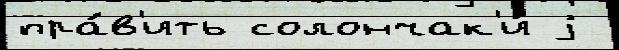
пра́в'ить солончак'и́ j